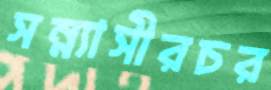
সন্ন্যাসীরচর